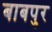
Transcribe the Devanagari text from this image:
बाबपुर